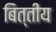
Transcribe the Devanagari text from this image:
बित्तीय